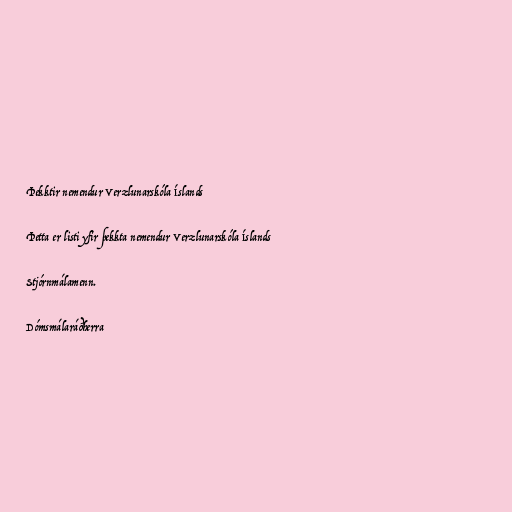
Þekktir nemendur Verzlunarskóla Íslands

Þetta er listi yfir þekkta nemendur Verzlunarskóla Íslands

Stjórnmálamenn.

Dómsmálaráðherra